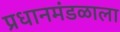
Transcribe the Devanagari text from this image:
प्रधानमंडळाला